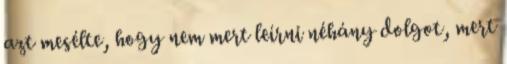
azt mesélte, hogy nem mert leírni néhány dolgot, mert